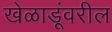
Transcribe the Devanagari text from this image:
खेळाडूंवरील